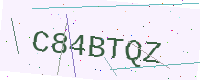
Text: C84BTQZ